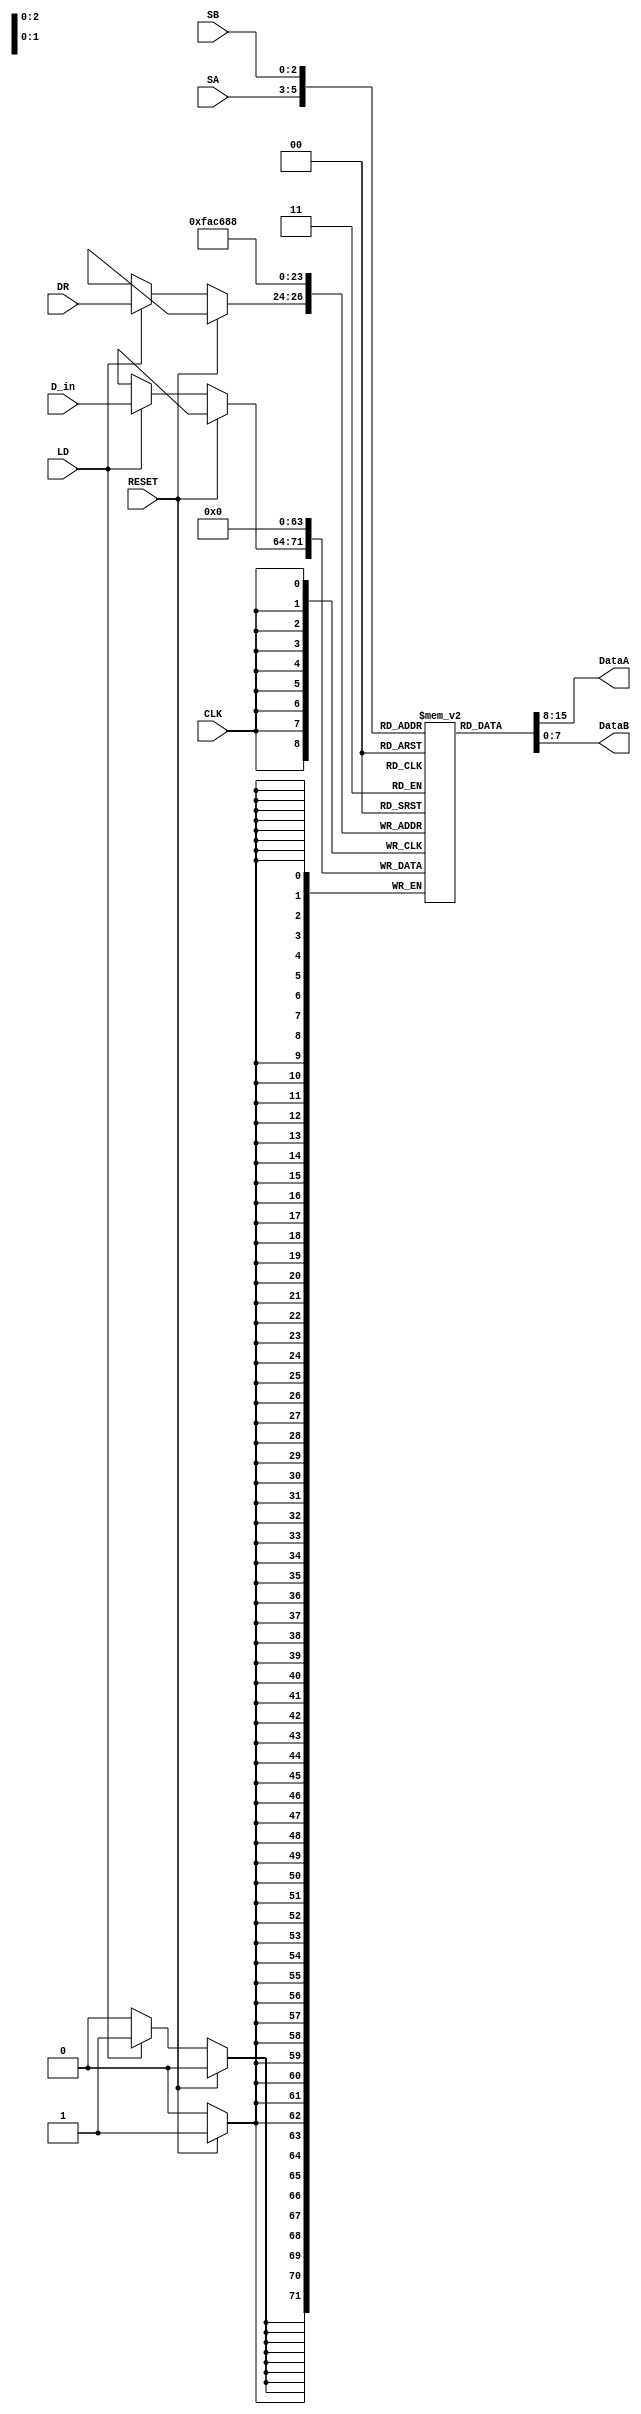
module regfile (CLK, RESET, SA, SB, LD, DR, D_in, DataA, DataB);
    input CLK, RESET;
    input [2:0] SA, SB;
    output [7:0] DataA, DataB;
    input LD;
    input [2:0] DR;
    input [7:0] D_in;

    reg [7:0] storage [7:0];

    assign DataA = storage[SA];
    assign DataB = storage[SB];

    integer i;

    always @(posedge CLK) begin
        if (RESET)
            for (i = 0; i < 8; i = i + 1)
                storage[i] <= 8'd0;
        else if (LD)
            storage[DR] <= D_in;
    end

endmodule